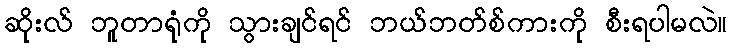
ဆိုးလ် ဘူတာရုံကို သွားချင်ရင် ဘယ်ဘတ်စ်ကားကို စီးရပါမလဲ။